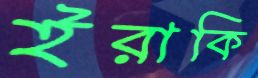
ইরাকি